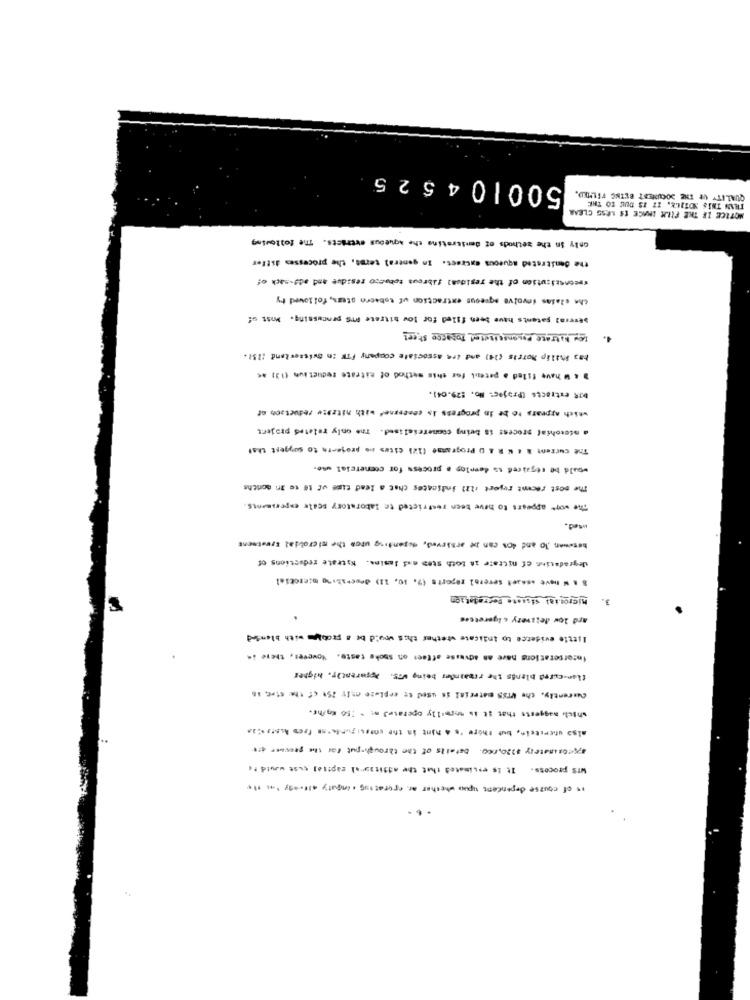
500104525
QUALITY OF THE DOCUMENT BLING FELTED.
MOTICE IF THE FILM IMAGE IS LOSS CLEAR
THAN THIS NOTICE. IT IS DUE TO THE
only in the methods of denitroting the Aqueous evtracts. The following
the denitrated aqueous extract. In general terms, the processes ditfer
seconscicution of the residual fibrous tobacco residue and add-sack of
the clalas involve aqueous extraction of tobacco aters, followed ty
Several gatents have been filed for low bitrate MTS processing. Most of
Rey Notrace Deconstituted Tobacco street
bas Milip Morris (i) and tre associate company FTE In Switzerland :251.
> 4 W have filed a patent for this method of bitrate reduction (13) 4€
bJR extracts (Projec: No. : 29.04).
which appears to be in progress is cencezner with nitzDie reduction of
. nietohiaf process is being commercialised. The only related project
The current a & N R & D Programme (12) cites an projects to suggest that
would be repaired ss develop a process for commercial use.
The most recent reject 122} indicates chat a lead time of 16 to In months
The wore appears to have been restricted to laboratory scale experiments.
med.
heswwan Jo and 40% can be arBirved, augenting utos the microbial Erveteent
degradation of nitrate in both stes and Jasina. Kstrate reductions of
8 1 W have .sose! several reports (9. 10, 11) describing microbial
S
Migros,sal sistete Ferradatien
3.
ard low delivery clgeretces
Isttie evidence to indicate whether this would be a problem with blended
incorporations have an advasse affeet on Shoke taste. However, there is
tiam-cured blends the rainder being wTs. Apparestir. higher
Currently, che Urss material is used to replace anty 25t cf the st -, 16
which maggests that st is normally operated m = : 50 km/hr.
also unerstein, but there's a hint Ss the consciguilerse Pres Auser can
Details of the through put For the procur 4ft
aproximately $220,000.
WTS process. It is estimated that the additional capital cuse would te
as of course dependent upon whether ar egeratING . injury alfredy at the